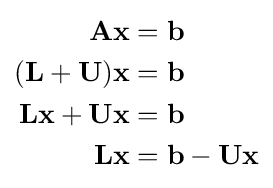
{\begin{alignedat}{1}\mathbf {A} \mathbf {x} &=\mathbf {b} \\(\mathbf {L} +\mathbf {U} )\mathbf {x} &=\mathbf {b} \\\mathbf {L} \mathbf {x} +\mathbf {U} \mathbf {x} &=\mathbf {b} \\\mathbf {L} \mathbf {x} &=\mathbf {b} -\mathbf {U} \mathbf {x} \end{alignedat}}